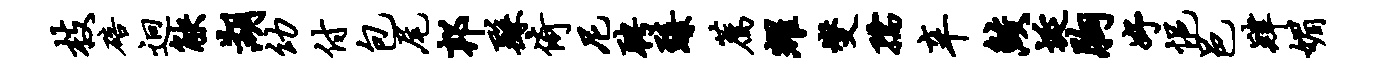
枝碚迥觖湖幼付包尾邦繇倚尼聘臻荐耀燮孺辛鲛埏胸妤悒邑肄媚